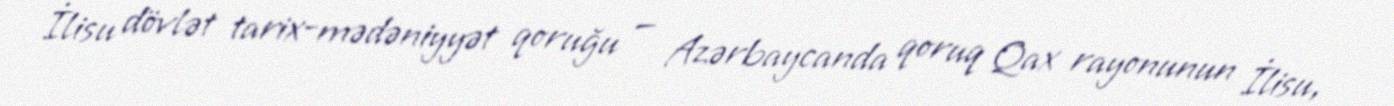
İlisu dövlət tarix-mədəniyyət qoruğu — Azərbaycanda qoruq Qax rayonunun İlisu,